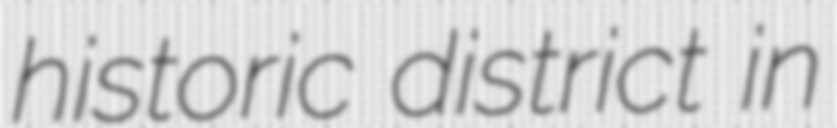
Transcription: historic district in